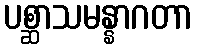
ပစ္ဆာသမန္နာဂတာ